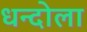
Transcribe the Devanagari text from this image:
धन्दोला